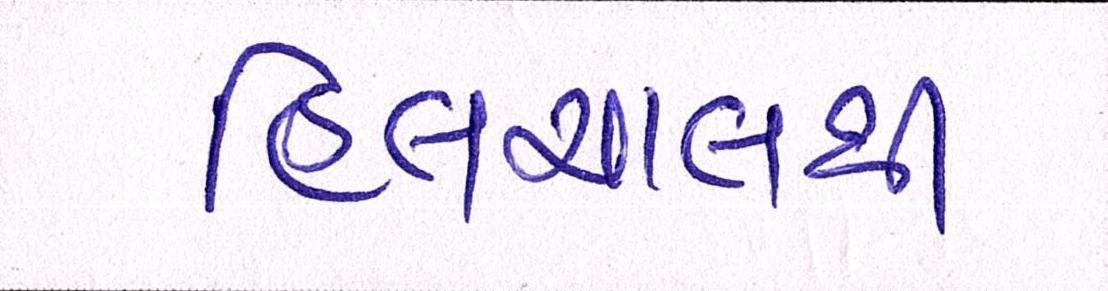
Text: હિલચાલથી